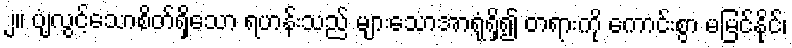
၂။ ပျံ့လွင့်သောစိတ်ရှိသော ရဟန်းသည် များသောအာရုံရှိ၍ တရားကို ကောင်းစွာ မမြင်နိုင်၊